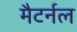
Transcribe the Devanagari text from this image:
मैटर्नल